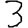
Digit: 3